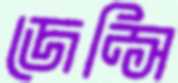
জেন্সি